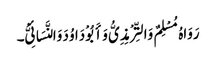
رَوَاہُ مُسْلِمٌ وَالتِّرْمِذِیُّ وَأَبُوْ دَاوُدَ وَالنَّسَائِیُّ۔